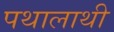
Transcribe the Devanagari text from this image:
पथालाथी